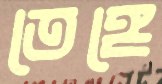
তেঙ্গে